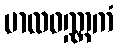
မာလဝဏ္ဏကံ